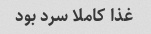
غذا‌ کاملا سرد بود